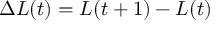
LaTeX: \Delta L ( t ) = L ( t + 1 ) - L ( t )